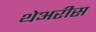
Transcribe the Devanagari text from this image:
थेअरीस